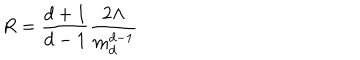
R = \frac { d + 1 } { d - 1 } \frac { 2 \Lambda } { m _ { d } ^ { d - 1 } }